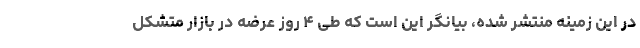
در این زمینه منتشر شده، بیانگر این است که طی ۴ روز عرضه در بازار متشکل